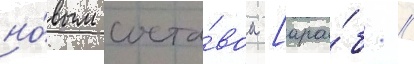
но́вым соста́вом [ара́б. //